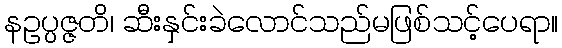
နဥပ္ပဇ္ဇတိ၊ ဆီးနှင်းခဲလောင်သည်မဖြစ်သင့်ပေရာ။